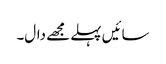
سائیں پہلے مجھے دال۔